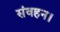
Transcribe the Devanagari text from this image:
संवहन।